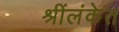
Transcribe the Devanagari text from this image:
श्रींलंकेत